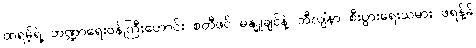
ထရမ့်ရဲ့ ဘဏ္ဍာရေးဝန်ကြီးဟောင်း စတီဖင် မနျူချင်နဲ့ ဘီလျံနာ စီးပွားရေးသမား ဖရန့်ခ်